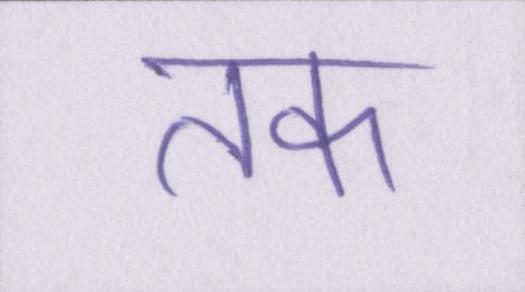
तक